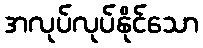
အလုပ်လုပ်နိုင်သော